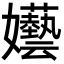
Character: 𡤦